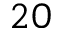
2 0